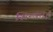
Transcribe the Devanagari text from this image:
शिन्काई